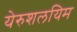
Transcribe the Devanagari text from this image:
येरुशलयिम